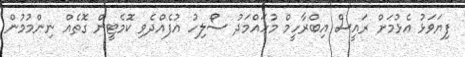
ފިޔަވަޅު އެޅުމަށް ރައީސް އިބްރާހީމް މުހައްމަދު ސޯލިހު އުފެއްދެވި ކޮމެޓީން ގޮތެއް ނިންމުމުން